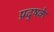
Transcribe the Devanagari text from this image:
प्रदुषके